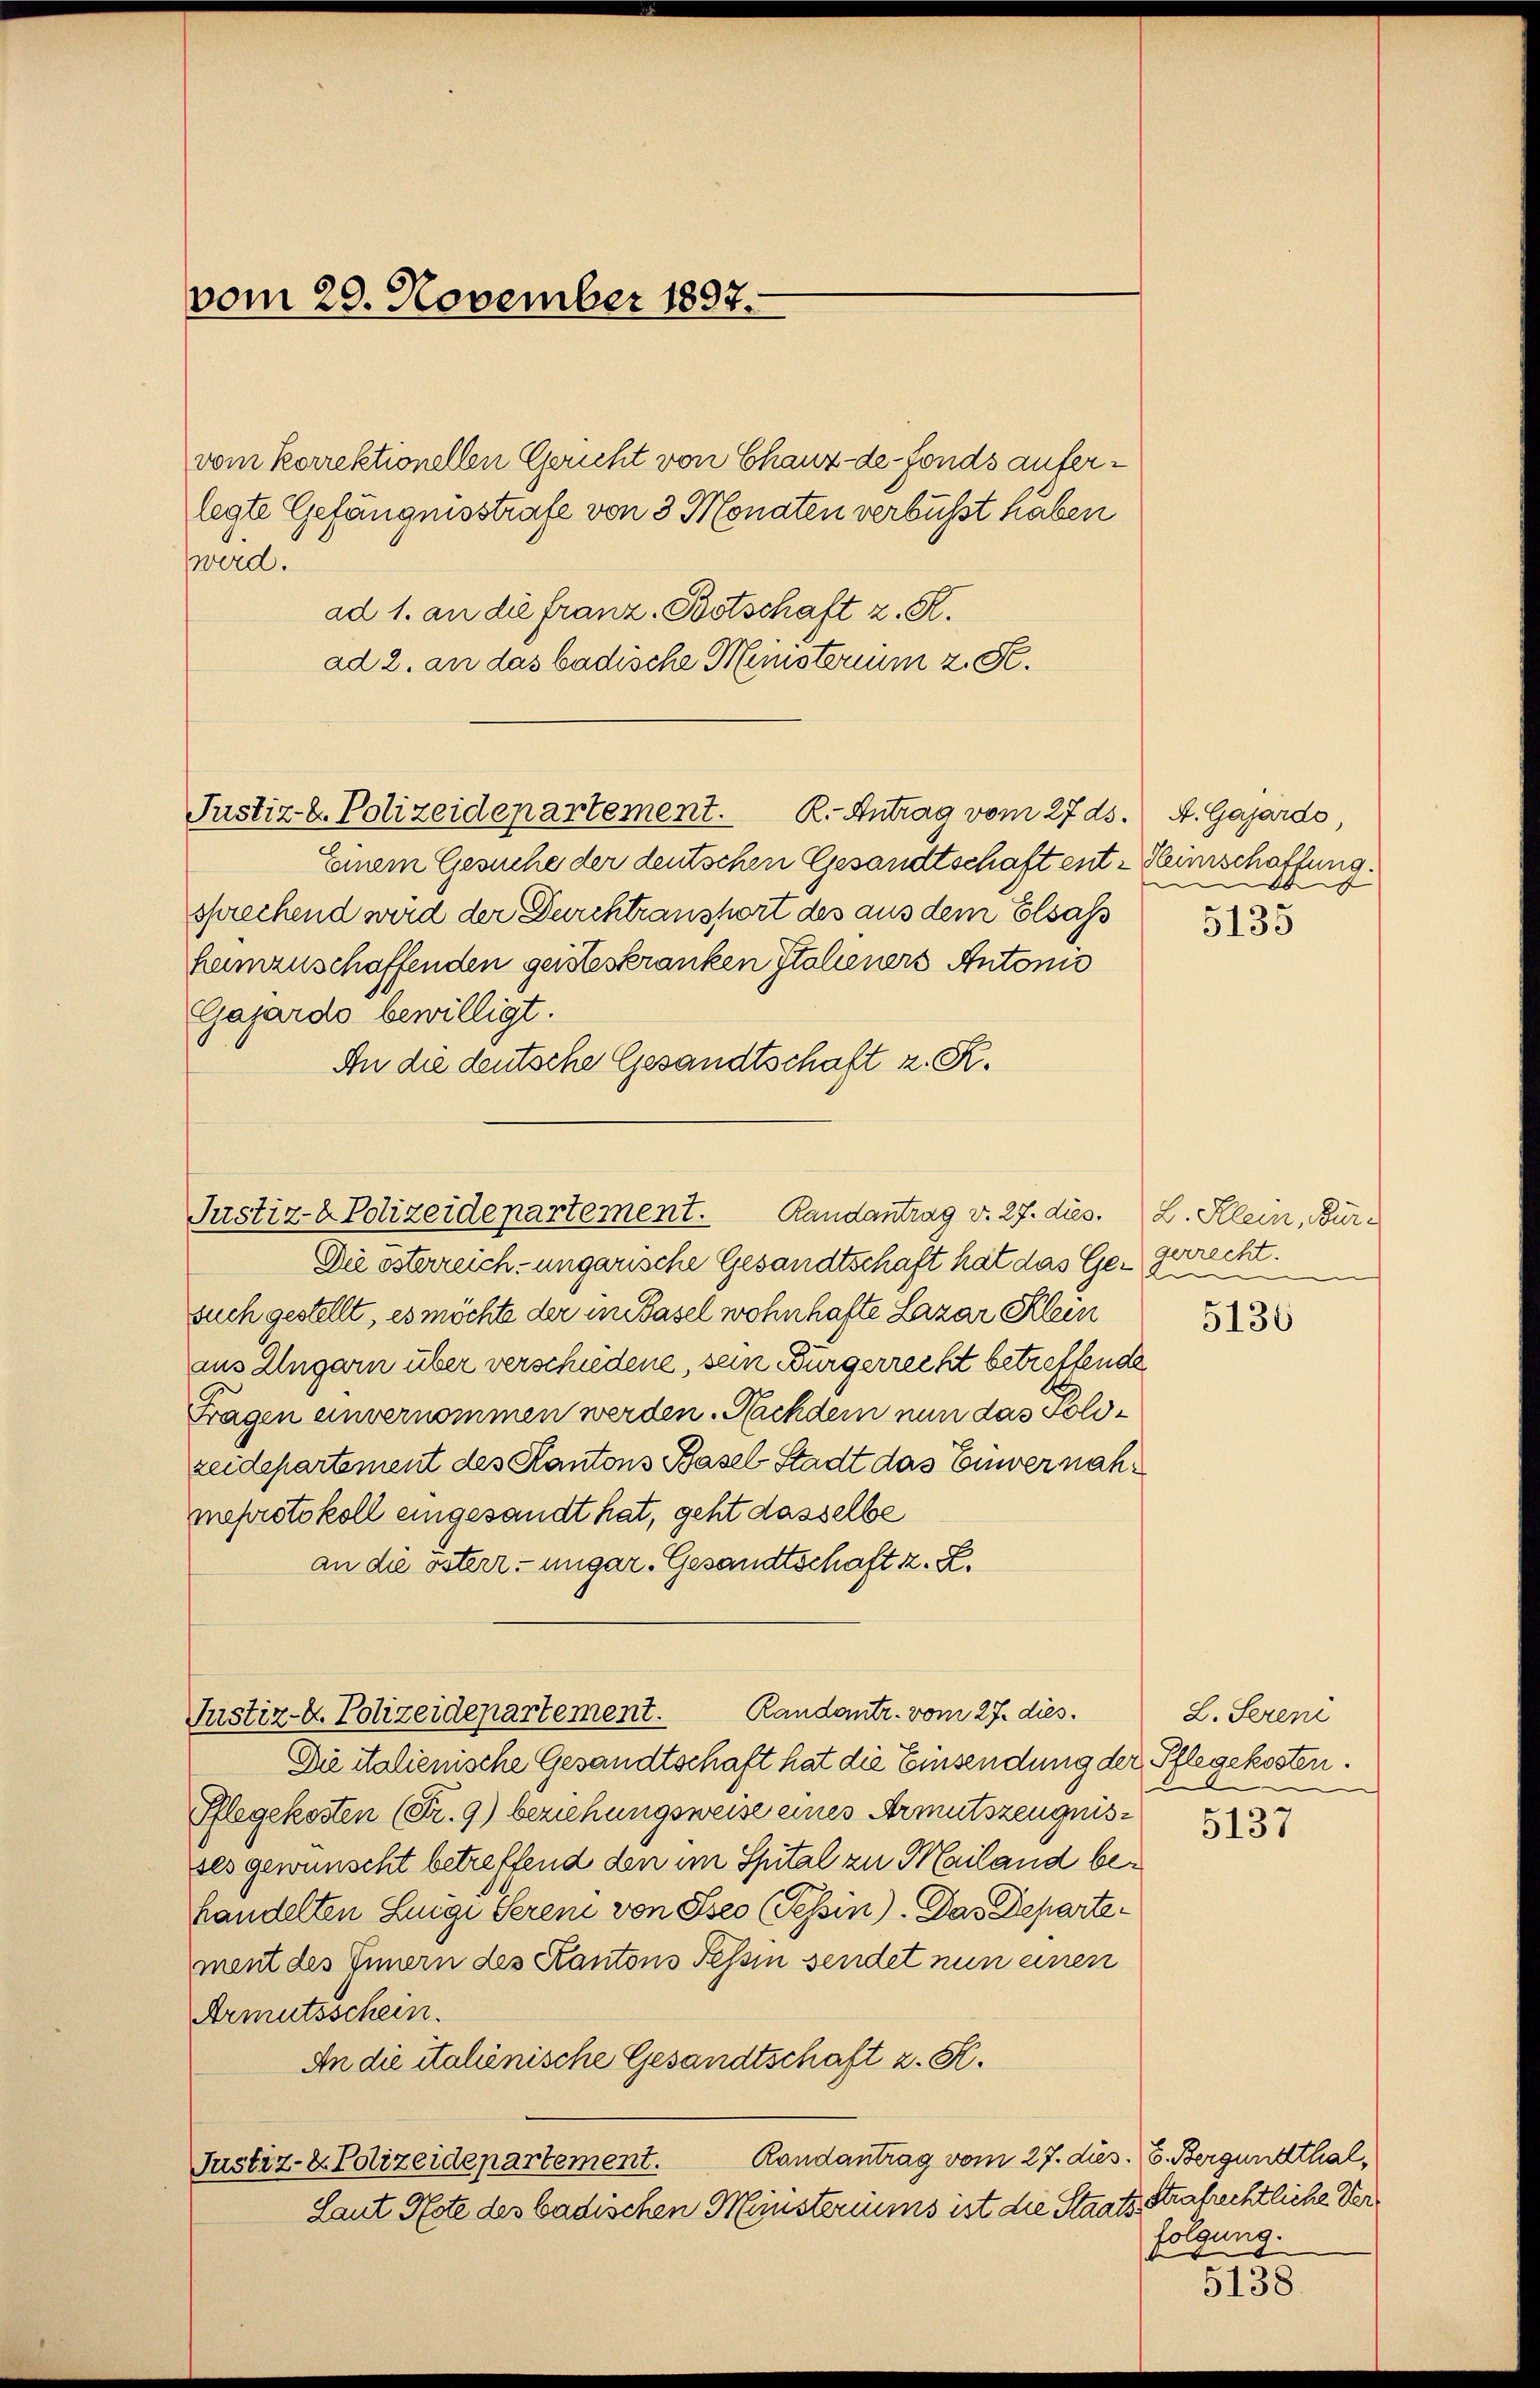
vom 20. November 1897.

vom korrektionellen Gericht von Chauz-de-Fonds auferlegte Gefängnisstrafe von 3 Monaten verbüsst haben
wird.
ad 1. an die franz. Botschaft z. R.
ad 2. an das badische Ministerium 2. F.
Justiz- & Polizeidepartement. R. Antrag vom 27. ds. A. Gasardo,
Einem Gesuche der deutschen Gesandtschaft ent-Heimschaftung
sprechend wird der Durchtransport des aus dem Elsass
hamzuschaffenden geisteskranken Italieners Antonis
Gasardo bewilligt.
An die deutsche Gesandtschaft z. R.

Justiz- & Polizeidepartement. Randantrag v. 27. dies. L. Klein, Bür¬

Die österreich- ungarische Gesandtschaft hat das Ge-gerrecht.
such gestellt, es möchte der in Basel wohnhafte Lazar Klein
aus Ungarn über verschiedene, sein Bürgerrecht betreffende
Fragen unvernommen werden. Nachdem nun das solizeidepartement des Kantons Basel-Stadt das Einvernahmeprotokoll eingesandt hat, geht dasselbe
an die österr. ungar. Gesandtschaft z. B.
Justiz- u. Polizeidepartement. Randantr. vom 27. dies.
Die italienische Gesandtschaft hat die Einsendung der Pflegekosten.
Pflegekosten (Fr. 9) beziehungsweise eines Armutszeugnis 13
ses gewünscht betreffend den im Spital zu Mailand behandelten Luigi Seren von Iseo (Tessin). Das Departement des Innern des Kantons Tessin sendet nun einen
Armutsschein.
An die italienische Gesandtschaft z. K.
Randantrag vom 27. dus. E. Bergunsthal,
Justiz- & Polizeidepartement.
Laut Note des badischen Münsteriums ist die Staats¬

6
5135

5136

L. Seren

Strafrechtliche Verfolgung.

5138.